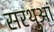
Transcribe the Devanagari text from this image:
सरथुआं